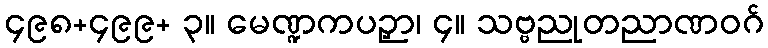
၄၉၈+၄၉၉+ ၃။ မေဏ္ဍကပဉှာ၊ ၄။ သဗ္ဗညုတညာဏဝဂ်